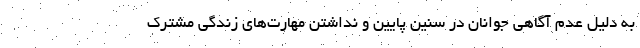
به دلیل عدم آگاهی جوانان در سنین پایین و نداشتن مهارت‌های زندگی مشترک